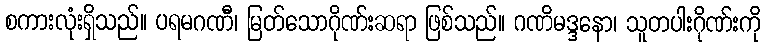
စကားလုံးရှိသည်။ ပရမဂဏီ၊ မြတ်သောဂိုဏ်းဆရာ ဖြစ်သည်။ ဂဏိမဒ္ဒနော၊ သူတပါးဂိုဏ်းကို